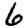
Digit: 6